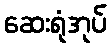
ဆေးရုံအုပ်